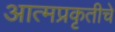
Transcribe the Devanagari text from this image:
आत्मप्रकृतीचे